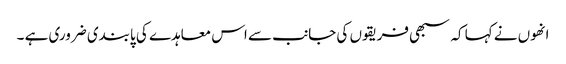
انھوں نے کہا کہ سبھی فریقوں کی جانب سے اس معاہدے کی پابندی ضروری ہے ۔